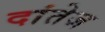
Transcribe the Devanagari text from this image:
दांतेज